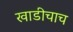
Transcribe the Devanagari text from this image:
खाडीचाच